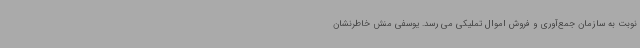
نوبت به سازمان جمع‌آوری و فروش اموال تملیکی می رسد. یوسفی منش خاطرنشان